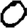
Digit: 0